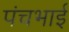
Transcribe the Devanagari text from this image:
पंचभाई